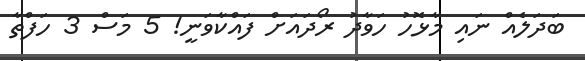
ބަދަލެއް ނައި މާޅޮހު ހަވާދު ރޯދައަށް ފައްކާވަނީ! 5 މަސް 3 ހަފްތާ